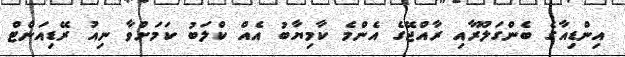
އިންޑިއާގެ ބެންގަލޫރާއި ރާއްޖޭގެ އެންމެ ކާމިޔާބު އެއް ކްލަބު ކަމަށްވާ ނިއު ރޭޑިއަންޓް